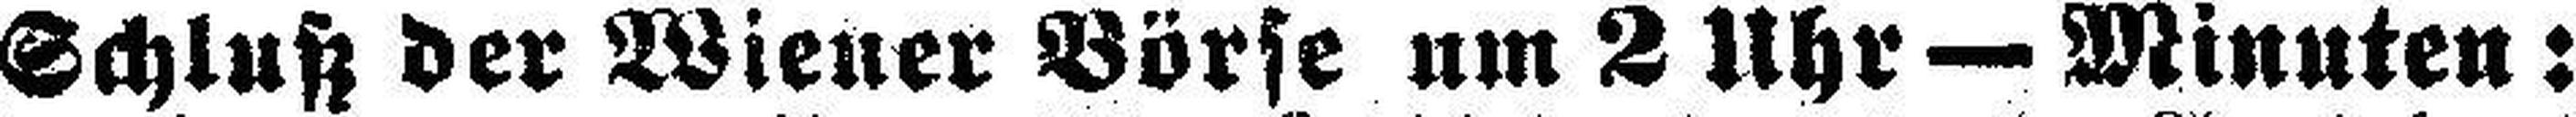
Schluß der Wiener Börse um 2 Uhr — Minuten: